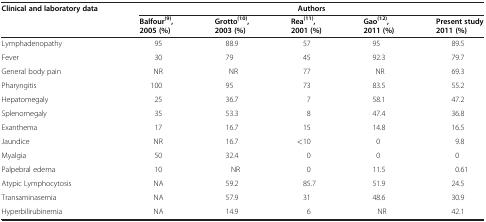
| Clinical and laboratory data | <COLSPAN=5> Authors |
 |  | Balfour(9), 2005 (%) | Grotto(10), 2003 (%) | Rea(11), 2001 (%) | Gao(12), 2011 (%) | Present study 2011 (%) |
 | --- | --- | --- | --- | --- | --- |
 | Lymphadenopathy | 95 | 88.9 | 57 | 95 | 89.5 |
 | Fever | 30 | 79 | 45 | 92.3 | 79.7 |
 | General body pain | NR | NR | 77 | NR | 69.3 |
 | Pharyngitis | 100 | 95 | 73 | 83.5 | 55.2 |
 | Hepatomegaly | 25 | 36.7 | 7 | 58.1 | 47.2 |
 | Splenomegaly | 35 | 53.3 | 8 | 47.4 | 36.8 |
 | Exanthema | 17 | 16.7 | 15 | 14.8 | 16.5 |
 | Jaundice | NR | 16.7 | <10 | 0 | 9.8 |
 | Myalgia | 50 | 32.4 | 0 | 0 | 0 |
 | Palpebral edema | 10 | NR | 0 | 11.5 | 0.61 |
 | Atypic Lymphocytosis | NA | 59.2 | 85.7 | 51.9 | 24.5 |
 | Transaminasemia | NA | 57.9 | 31 | 48.6 | 30.9 |
 | Hyperbilirubinemia | NA | 14.9 | 6 | NR | 42.1 |